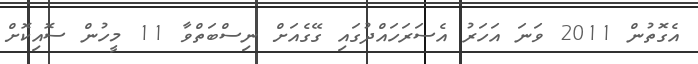
އެގޮތުން 2011 ވަނަ އަހަރު އެސަރަހައްދުގައި ގޭގެއަށް ނިސްބަތްވާ 11 މީހުން ސޮއިކޮށް